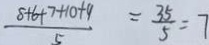
\frac { 8 + 6 + 7 + 1 0 + 9 } { 5 } = \frac { 3 5 } { 5 } = 7